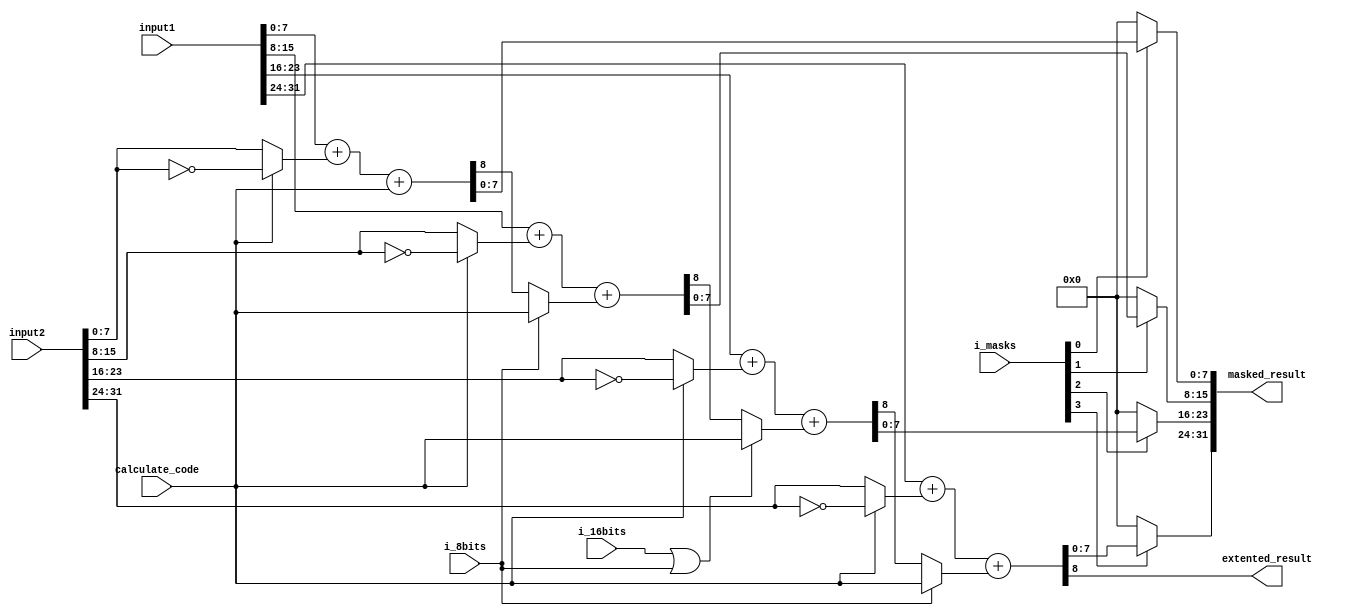
/* Vector Processor Unit
 *
 * University of Southampton Grouo Design Project - Group 41
 *
 * controbuter: Ren Chen rc7g18@soton.ac.uk / chenren76@hotmail.com
 *
 * no sure what the liscen is, please ask the university or Olof. XD
 *
 * This is the ALU for the vector register unit, it only support +/- operations
 *
 *
*/

module vector_ALU
#(
    parameter WIDTH = 32
) (
    input wire [WIDTH-1:0] input1,
    input wire [WIDTH-1:0] input2,
    input wire             i_16bits,
    input wire             i_8bits,
    input wire [3:0]       i_masks,
    output wire [WIDTH-1:0] masked_result,
    output wire extented_result,
    input wire calculate_code
);

wire [WIDTH-1:0] result;

wire [WIDTH/4-1:0] signed_input2_0, signed_input2_1, signed_input2_2, signed_input2_3;
wire carry7, carry15, carry23;

assign signed_input2_0 = calculate_code ? (~input2[7:0]) : input2[7:0];
assign {carry7, result[7:0]} =  input1[7:0] + signed_input2_0 + {7'd0,{calculate_code}};

assign signed_input2_1 = calculate_code ? (~input2[15:8]) : input2[15:8];
assign {carry15, result[15:8]} =  input1[15:8] + signed_input2_1 + {7'd0,{(i_8bits ? calculate_code : carry7)}};

assign signed_input2_2 = calculate_code ? (~input2[23:16]) : input2[23:16];
assign {carry23, result[23:16]} = input1[23:16] + signed_input2_2 + {7'd0,{((i_16bits | i_8bits) ? calculate_code : carry15)}};

assign signed_input2_3 = calculate_code ? (~input2[31:24]) : input2[31:24];
assign {extented_result, result[31:24]} =  input1[31:24] + signed_input2_3 + {7'd0,{(i_8bits ? calculate_code : carry23)}};

assign masked_result[7:0] = i_masks[0] ? result[7:0] : 8'd0;
assign masked_result[15:8] = i_masks[1] ? result[15:8] : 8'd0;
assign masked_result[23:16] = i_masks[2] ? result[23:16] : 8'd0;
assign masked_result[31:24] = i_masks[3] ? result[31:24] : 8'd0;

endmodule